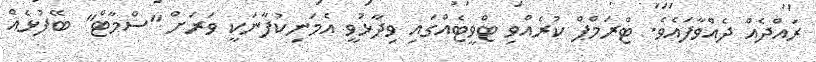
ރައްދެއް ދެއްވާފައެވެ. ޓްރަމްޕް ކުރެއްވި ޓްވީޓެއްގައި ވިދާޅުވީ އެމަނިކުފާނަކީ ވަރަށް "ސްމާޓް" ބޭފުޅެއް